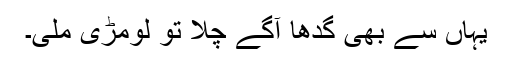
یہاں سے بھی گدھا آگے چلا تو لومڑی ملی۔